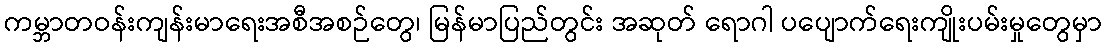
ကမ္ဘာတဝန်းကျန်းမာရေးအစီအစဉ်တွေ၊ မြန်မာပြည်တွင်း အဆုတ် ရောဂါ ပပျောက်ရေးကျိုးပမ်းမှုတွေမှာ